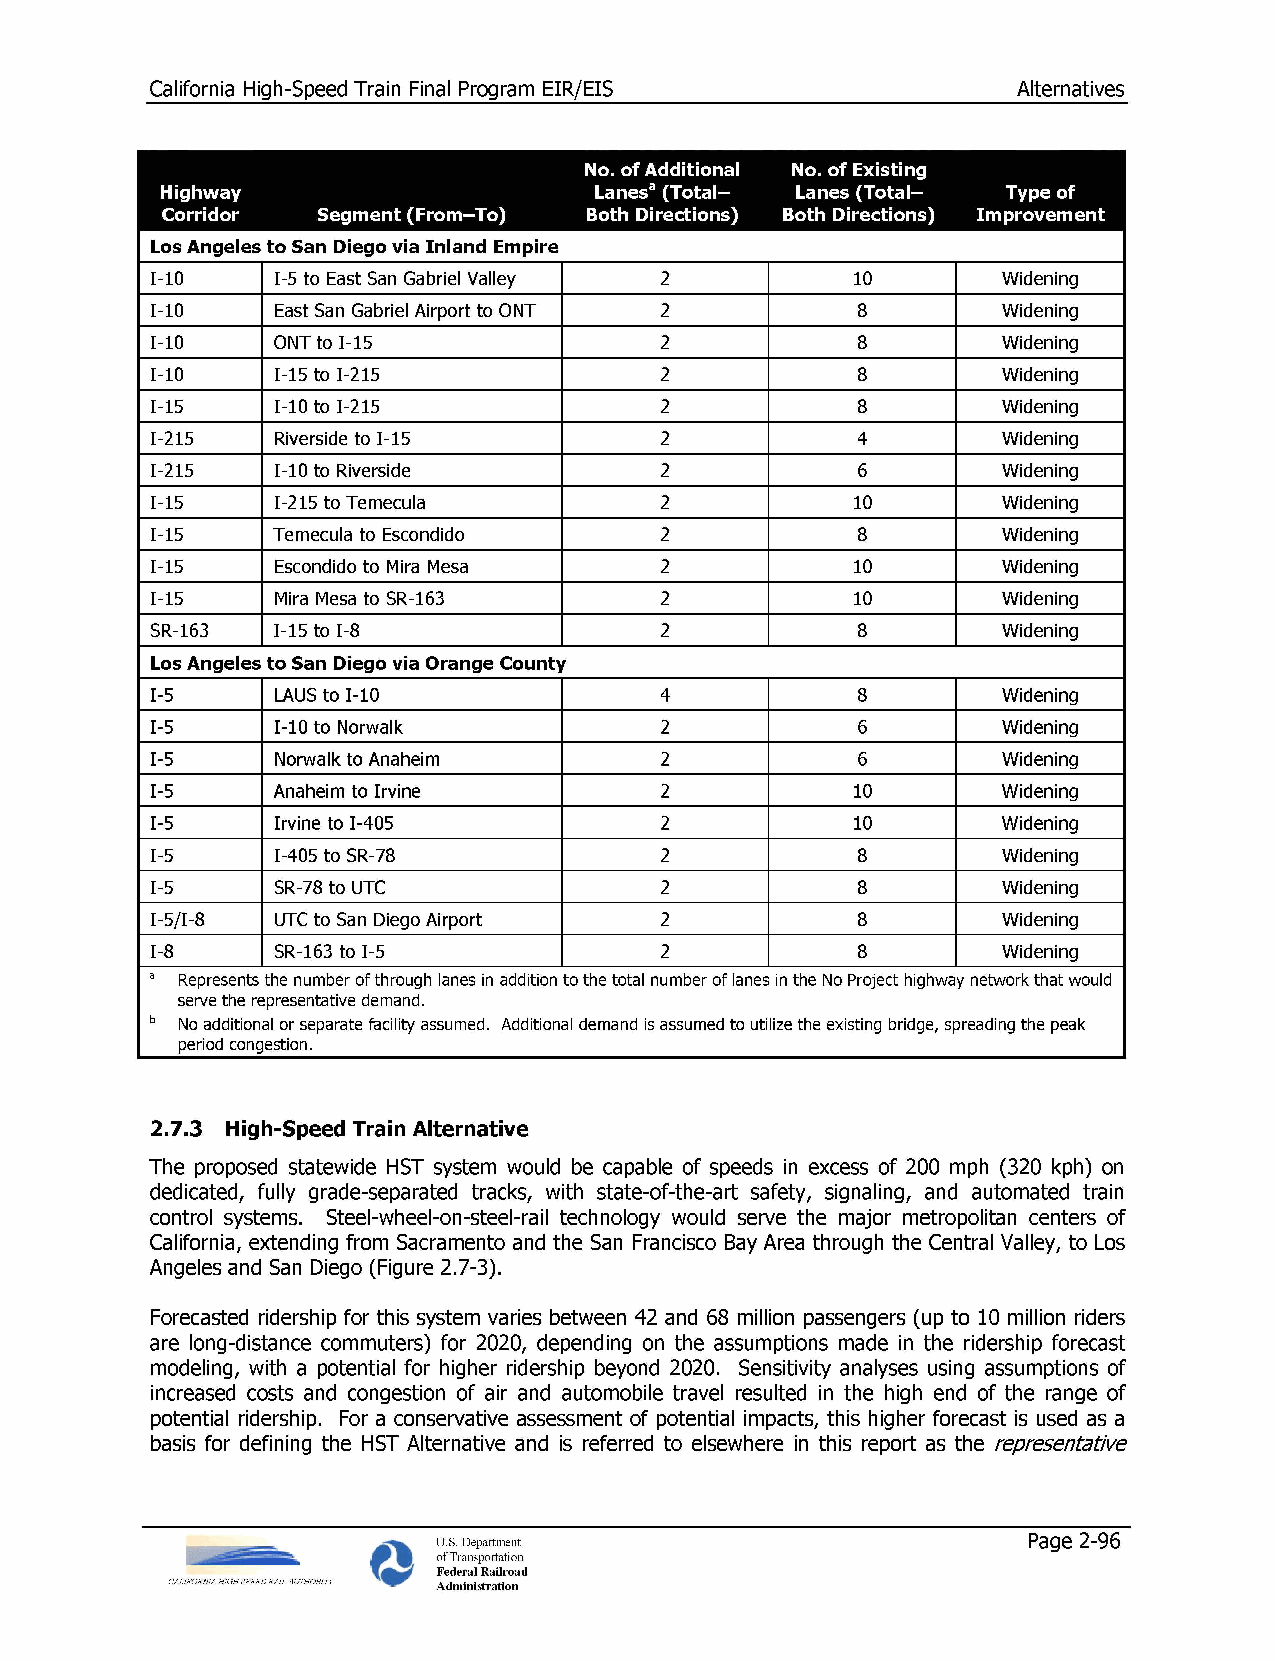
California High-Speed Train Final Program EIR/EIS        Alternatives
 No. of Additional No. of Existing
 Highway                     Lanesa (Total— Lanes (Total— Type of
 Corridor  Segment (From—To) Both Directions) Both Directions) Improvement
 Los Angeles to San Diego via Inland Empire
 1-10    I-5 to East San Gabriel Valley 2       10       Widening
 1-10    East San Gabriel Airport to ONT 2      8        Widening
 1-10    ONT to 1-15               2            8        Widening
 1-10    I-15 to I-215             2            8        Widening
 I-15    I-10 to I-215             2            8        Widening
 I-215   Riverside to 1-15         2            4        Widening
 I-215   1-10 to Riverside         2            6        Widening
 1-15    I-215 to Temecula         2            10       Widening
 1-15    Temecula to Escondido     2            8        Widening
 1-15    Escondido to Mira Mesa    2            10       Widening
 1-15    Mira Mesa to SR-163       2            10       Widening
 SR-163  I-15 to I-8               2            8        Widening
 Los Angeles to San Diego via Orange County
 I-5     LAUS to 1-10              4            8        Widening
 I-5     1-10 to Norwalk           2            6        Widening
 I-5     Norwalk to Anaheim        2            6        Widening
 I-5     Anaheim to Irvine         2            10       Widening
 I-5     Irvine to I-405           2            10       Widening
 I-5     I-405 to SR-78            2            8        Widening
 I-5     SR-78 to UTC              2            8        Widening
 I-5/I-8 UTC to San Diego Airport  2            8        Widening
 I-8     SR-163 to I-5             2            8        Widening
 a Represents the number of through lanes in addition to the total number of lanes in the No Project highway network that would
 serve the representative demand.
 b No additional or separate facility assumed. Additional demand is assumed to utilize the existing bridge, spreading the peak
 period congestion.
 2.7.3 High-Speed Train Alternative
 The proposed statewide HST system would be capable of speeds in excess of 200 mph (320 kph) on
 dedicated, fully grade-separated tracks, with state-of-the-art safety, signaling, and automated train
 control systems. Steel-wheel-on-steel-rail technology would serve the major metropolitan centers of
 California, extending from Sacramento and the San Francisco Bay Area through the Central Valley, to Los
 Angeles and San Diego (Figure 2.7-3).
 Forecasted ridership for this system varies between 42 and 68 million passengers (up to 10 million riders
 are long-distance commuters) for 2020, depending on the assumptions made in the ridership forecast
 modeling, with a potential for higher ridership beyond 2020. Sensitivity analyses using assumptions of
 increased costs and congestion of air and automobile travel resulted in the high end of the range of
 potential ridership. For a conservative assessment of potential impacts, this higher forecast is used as a
 basis for defining the HST Alternative and is referred to elsewhere in this report as the representative
 U.S. Department                        Page 2-96
 of Transportation
 Federal Railroad
 CALIFORNIA HIGH SPEED RAIL AUTHORITY Administration